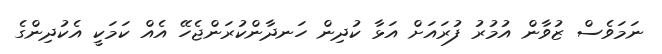
ނަމަވެސް ޒުވާން އުމުރު ފުރައަށް އަޅާ ކުދިން ހަނދާންކުރަންޖެހޭ އެއް ކަމަކީ އެކުދިންގެ